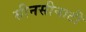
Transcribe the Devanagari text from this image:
सीनसीनाटी